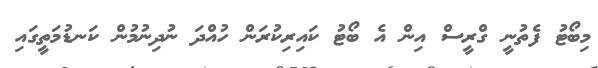
މިބޯޓު ފެތުނީ ގްރީސް އިން އެ ބޯޓު ކައިރިކުރަން ހުއްދަ ނުދިނުމުން ކަނޑުމަތީގައި